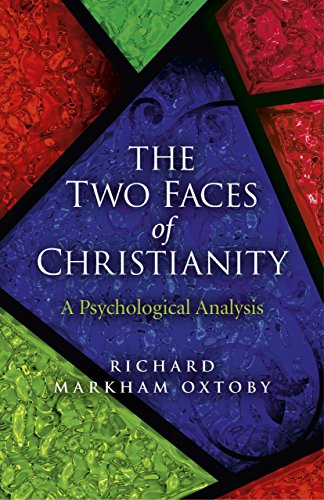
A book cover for The Two Faces of Christianity: A Psychological Analysis; Richard Markham Oxtoby; Religion & Spirituality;